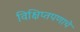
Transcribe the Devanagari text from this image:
विक्षिप्तपणाचे